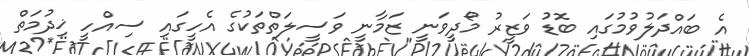
އެ ބައްދަލުވުމުގައި ބޮޑު ވަޒީރު މޯދީވަނީ ޒަމާނީ ވަސީލަތްތަކުގެ އެހީގައި ސިއްހީ ޚިދުމަތް